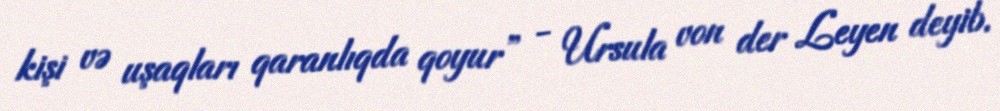
kişi və uşaqları qaranlıqda qoyur” - Ursula von der Leyen deyib.